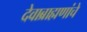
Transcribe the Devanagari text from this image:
देवाब्राह्मणांचे